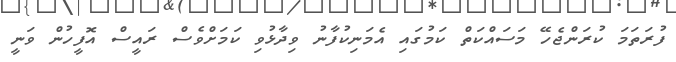
ފުރަތަމަ ކުރަންޖެހޭ މަސައްކަތް ކަމުގައި އެމަނިކުފާނު ވިދާޅުވި ކަމަށްވެސް ރައީސް އޮފީހުން ވަނީ